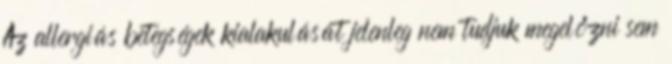
Az allergiás betegségek kialakulását jelenleg nem tudjuk megelőzni sem